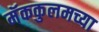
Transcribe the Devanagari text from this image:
मॅककुलमच्या